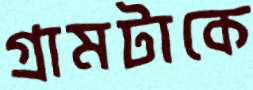
গ্রামটাকে